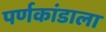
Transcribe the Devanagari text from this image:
पर्णकांडाला